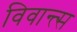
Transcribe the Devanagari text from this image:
विवान्त्स